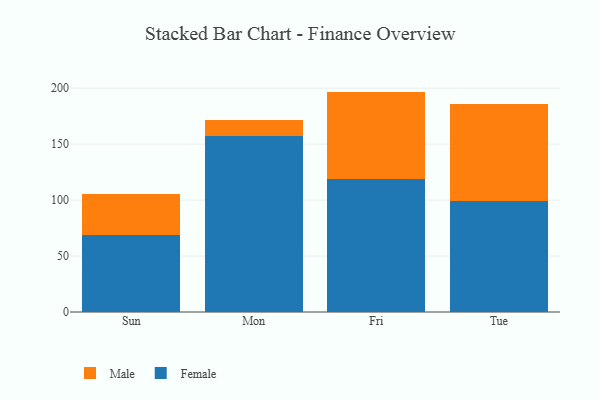
{"axis": {"x": "Day", "y": "Population (Million)"}, "legend": ["Female", "Male"], "data": [{"x": "Sun", "y": 68.9, "type": "Female"}, {"x": "Sun", "y": 36.1, "type": "Male"}, {"x": "Mon", "y": 156.9, "type": "Female"}, {"x": "Mon", "y": 14.6, "type": "Male"}, {"x": "Fri", "y": 119.2, "type": "Female"}, {"x": "Fri", "y": 77.7, "type": "Male"}, {"x": "Tue", "y": 98.9, "type": "Female"}, {"x": "Tue", "y": 86.8, "type": "Male"}]}